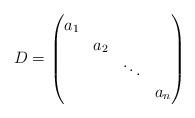
LaTeX: \begin{align*}D = \begin{pmatrix} a_1 \\ & a_2 \\ & & \ddots \\ & & & a_n\end{pmatrix}\end{align*}